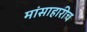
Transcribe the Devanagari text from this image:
मांसाहारीच